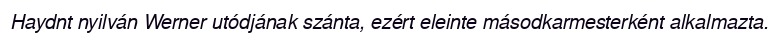
Haydnt nyilván Werner utódjának szánta, ezért eleinte másodkarmesterként alkalmazta.